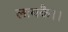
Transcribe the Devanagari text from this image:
लायकै।।